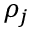
\rho _ { j }